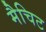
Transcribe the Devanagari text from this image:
मैचिट